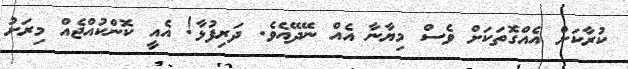
ކުރާކަށް އެއްގޮތަކަށް ވެސް މިޔާނާ އެއް ނޭދޭއެވެ. ދަރިފުޅާ! އެއީ ކޮންކުއްޖެއް މިރަށު